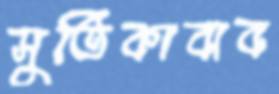
সুতিকাবাব